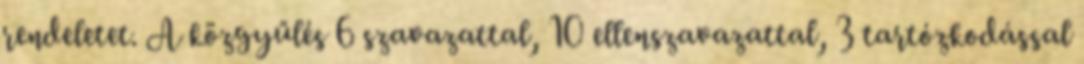
rendeletet. A közgyűlés 6 szavazattal, 10 ellenszavazattal, 3 tartózkodással